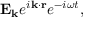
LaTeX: \mathbf { E _ { k } } e ^ { i \mathbf { k \cdot r } } e ^ { - i \omega t } ,